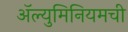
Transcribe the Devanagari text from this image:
ॲल्युमिनियमची